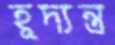
হূদ্যন্ত্র